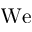
\mathrm { W e }